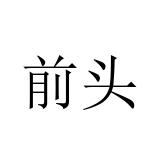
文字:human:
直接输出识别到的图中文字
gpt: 前头